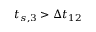
t _ { s , 3 } > \Delta t _ { 1 2 }